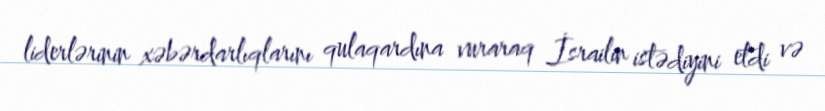
liderlərinin xəbərdarlıqlarını qulaqardına vuraraq İsrailin istədiyini etdi və